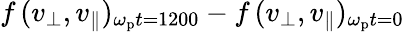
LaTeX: f\, (v_{\perp},v_{\parallel})_{\omega_{\mathrm{p}}t=1200}-f\, (v_{\perp},v_{\parallel})_{\omega_{\mathrm{p}}t=0}